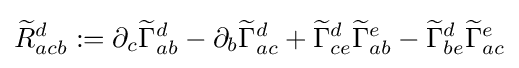
{\widetilde {R}}_{acb}^{d}:=\partial _{c}{\widetilde {\Gamma }}_{ab}^{d}-\partial _{b}{\widetilde {\Gamma }}_{ac}^{d}+{\widetilde {\Gamma }}_{ce}^{d}{\widetilde {\Gamma }}_{ab}^{e}-{\widetilde {\Gamma }}_{be}^{d}{\widetilde {\Gamma }}_{ac}^{e}